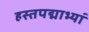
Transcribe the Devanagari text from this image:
हस्तपद्माभ्यां